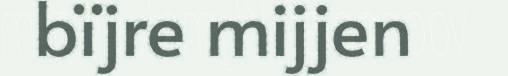
bïjre mijjen